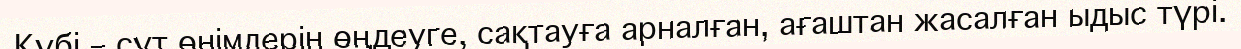
Күбі – сүт өнімдерін өңдеуге, сақтауға арналған, ағаштан жасалған ыдыс түрі.